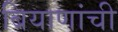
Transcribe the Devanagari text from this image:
बियाणांची